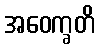
အဝေက္ခတိ